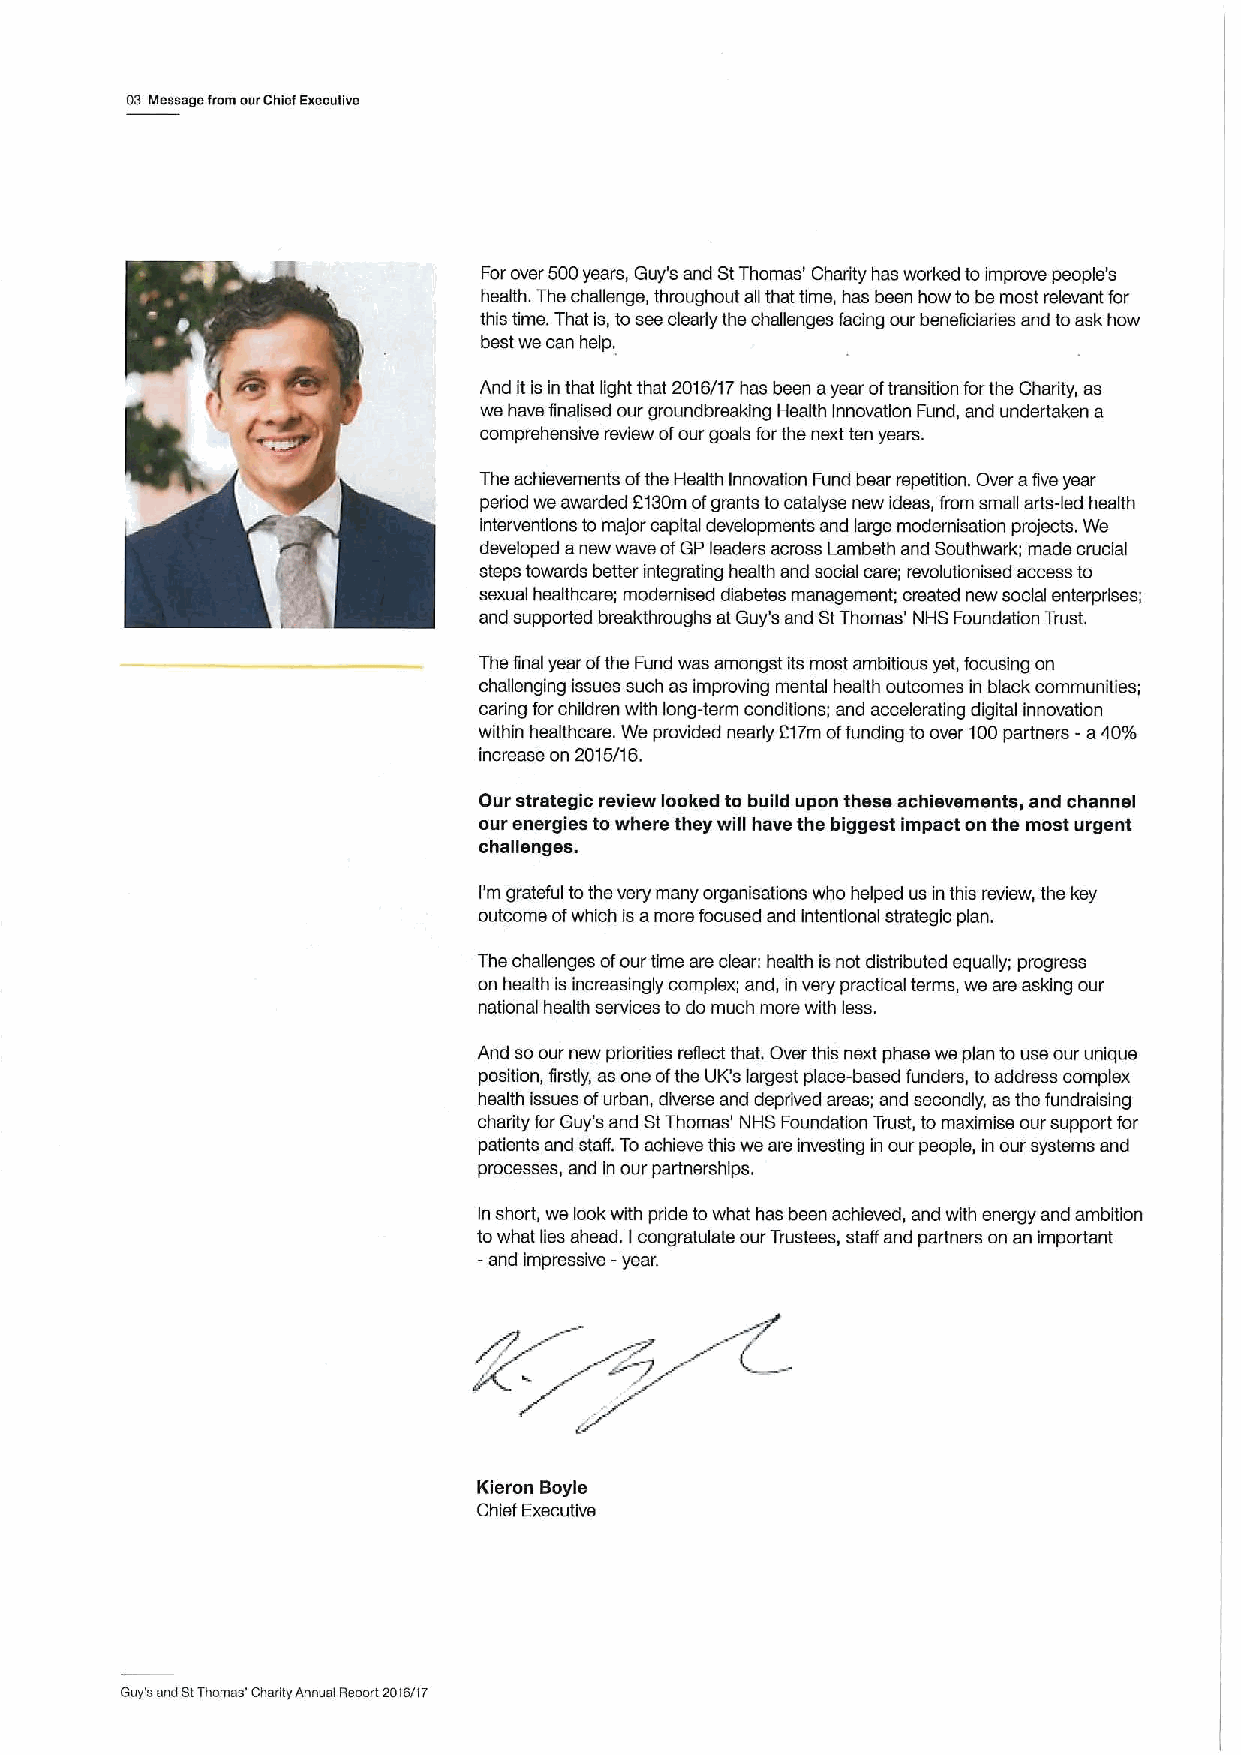
03Message from ourChief Exsoutiue
 Forover 500years, Guy's and StThomas' Charity has worked to improve people' s
 health. The chafienge, throughout afi that time, has been how to be most relevant for
 this time. That is, to see clearly the challenges facing our beneficiaries and toask how
 best we can help.
 And it is inthat light that 2016/17has been ayear oftransition forthe Charity, as
 we have finalised our groundbreaking Health Innovation Fund, and undertaken a
 comprehensive review ofour goals forthe next ten years.
 The achievements ofthe Health Innovation Fund bear repetition. Over afive year
 period we awarded 2130mofgrants tocatalyse new ideas, from small arts-led health
 interventions tomajor capital developments and large modernisation projects. We
 developed anew wave ofGP leaders across Lambeth and Southwark; made crucial
 steps towards better integrating health and social care; revolutionised access to
 sexual healthcare; modemised diabetes management; created new social enterprises;
 and supported breakthroughs at Guy's and StThomas' NHS Foundation Trust.
 Thefinal year ofthe Fund was amongst its most ambitious yet, focusing on
 challenging issues such as improving mental health outcomes in black communities;
 caring forchildren with long-term conditions; and accelerating digital innovation
 within healthcare. We provided nearly 217m offunding toover 100partners -a4096
 increase on 2015/16.
 Our strategic review looked to build upon these achievements, and channel
 eur energies towhere they will have the biggest impact on the most urgent
 challenges.
 I'm grateful tothe very many organisations who helped us in this review, the key
 outcome ofwhich isamore focused and intentional strategic plan.
 The challenges ofour time are clear: health isnot distdibuted equally; progress
 on health is increasingly complex; and, in very practical terms, we are asking our
 national health services to do much mors with less.
 And soour new priorities refiect that. Over this next phase we plan touse our unique
 position, firstly, as one ofthe UK's largest place-based funders, toaddress complex
 health issues ofurban, diverse and deprived areas; and secondly, as the fundraising
 chadity for Guy's and StThomas' NHS Foundation Trust, to maximise our support for
 patients and staff. Toachieve this we are investing in our people, in our systems and
 processes, and in our partnerships.
 In short, we look with pride to what has been achieved, and with energy and ambition
 towhat lies ahead. Icongratulate our Trustees, staff and partners on an important
 —and impressive —year.
 Kieron Bayle
 Chief Executive
 Guy's and StThomas' Charity Annual Report 2016/t7